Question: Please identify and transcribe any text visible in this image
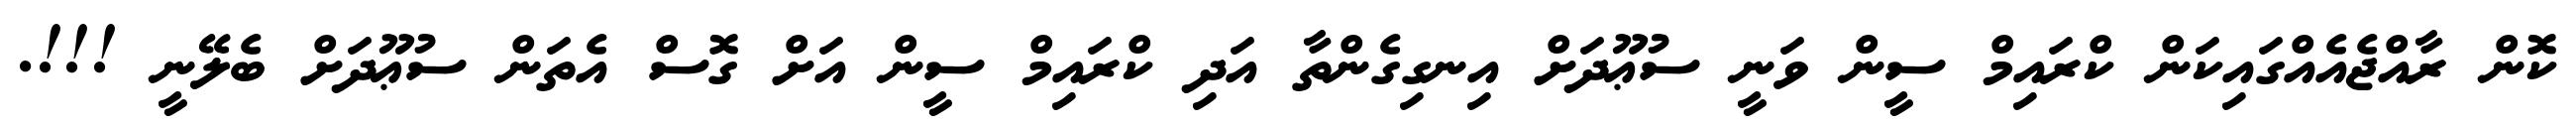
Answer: ކޮން ރާއްޖެއެއްގައިކަން ކްރައިމް ސީން ވަނީ ސުޢޫދަށް އިނގިގެންތާ އަދި ކްރައިމް ސީން އަށް ގޮސް އެތަން ސުޢޫދަށް ބެލޭނީ !!!.